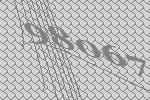
98067